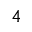
4